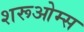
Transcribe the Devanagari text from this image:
शरूओम्स